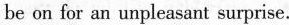
be on for an unpleasant surprise.